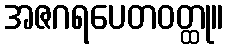
အဇဂရပေတဝတ္ထု။